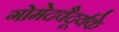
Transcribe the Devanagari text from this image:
गोमेदवैदूर्यके